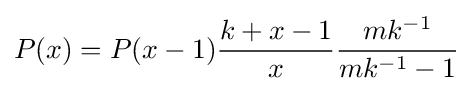
P(x)=P(x-1){\frac {k+x-1}{x}}{\frac {mk^{-1}}{mk^{-1}-1}}